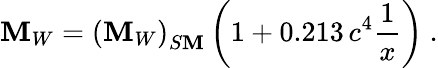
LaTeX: \mathbf{M}_{W}=\left(\mathbf{M}_{W}\right)_{S\mathbf{M}}\left(1+0.213\, c^{4}{\frac{{1}}{{x}}}\right)~.